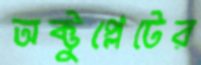
অক্টুপ্লেটের